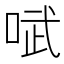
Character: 𫪗